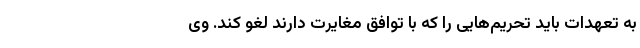
به تعهدات باید تحریم‌هایی را که با توافق مغایرت دارند لغو کند. وی